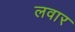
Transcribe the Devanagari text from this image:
लवार